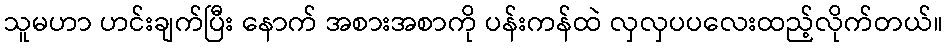
သူမဟာ ဟင်းချက်ပြီး နောက် အစားအစာကို ပန်းကန်ထဲ လှလှပပလေးထည့်လိုက်တယ်။